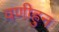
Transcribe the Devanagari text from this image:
वणीहुन